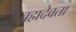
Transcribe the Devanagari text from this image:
ब्रह्मदेवता